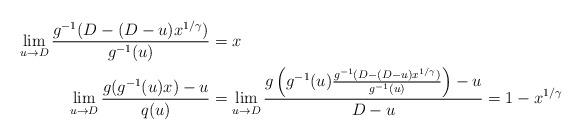
LaTeX: \begin{align*}\lim_{u\to D}\frac{g^{-1}(D-(D-u)x^{1/\gamma})}{g^{-1}(u)}&=x\\\lim_{u\to D}\frac{g(g^{-1}(u)x)-u}{q(u)}&=\lim_{u\to D}\frac{g\left(g^{-1}(u)\frac{g^{-1}(D-(D-u)x^{1/\gamma})}{g^{-1}(u)}\right)-u}{D-u}=1-x^{1/\gamma}\end{align*}